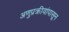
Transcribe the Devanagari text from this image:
अणुप्रक्रीयांपासून